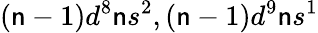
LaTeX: (\mathsf{n}-1)d^{8}\mathsf{n}s^{2},(\mathsf{n}-1)d^{9}\mathsf{n}s^{1}